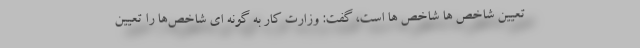
تعیین شاخص ها شاخص ها است، گفت: وزارت کار به گونه ای شاخص‌ها را تعیین